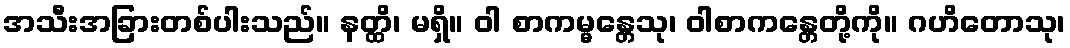
အသီးအခြားတစ်ပါးသည်။ နတ္ထိ၊ မရှိ။ ဝါ စာကမ္မန္တေသု၊ ဝါစာကန္တေတို့ကို။ ဂဟိတောသု၊